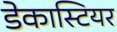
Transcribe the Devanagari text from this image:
डेकास्टियर